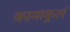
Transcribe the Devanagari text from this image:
कामाकुलं